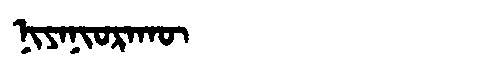
Manchu: ᠨᡳᠶᠠᠨᡳᠣᡵᠠᡴᡡ
Romanization: NIYANIORAKŪ